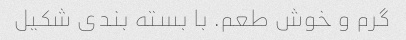
گرم و خوش طعم. با بسته بندی شکیل